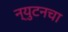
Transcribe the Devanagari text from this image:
न्युटनचा